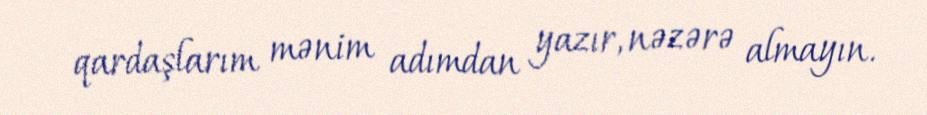
qardaşlarım mənim adımdan yazır, nəzərə almayın.